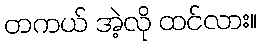
တကယ် အဲ့လို ထင်လား။